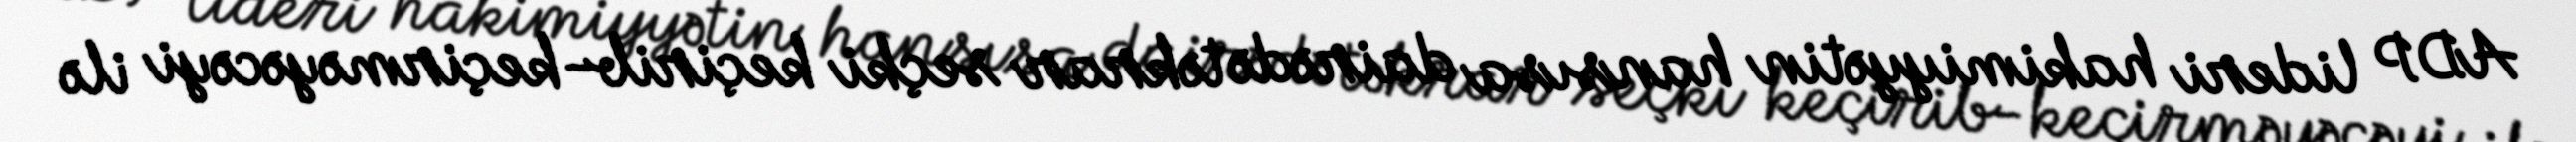
ADP lideri hakimiyyətin hansısa dairədə təkrar seçki keçirib-keçirməyəcəyi ilə